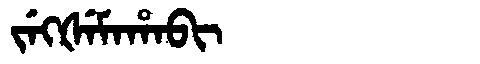
Manchu: ᠵᡝᡴᡧᡝᠮᠠᡥᠠᠪᡳ
Romanization: JEKŠEMAHABI